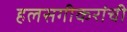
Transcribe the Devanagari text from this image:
हलसगीकरांची